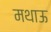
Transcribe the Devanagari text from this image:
मथाऊ